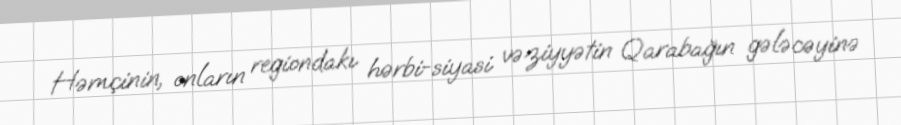
Həmçinin, onların regiondakı hərbi-siyasi vəziyyətin Qarabağın gələcəyinə